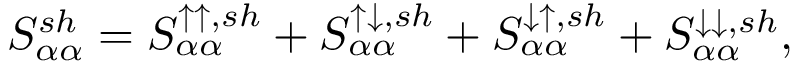
{ S _ { \alpha \alpha } ^ { s h } = S _ { \alpha \alpha } ^ { \uparrow \uparrow , s h } + S _ { \alpha \alpha } ^ { \uparrow \downarrow , s h } + S _ { \alpha \alpha } ^ { \downarrow \uparrow , s h } + S _ { \alpha \alpha } ^ { \downarrow \downarrow , s h } } ,